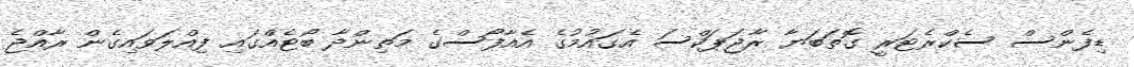
ޑިފެންސް ސެކްރެޓަރީ ގޮތަބަޔާ ރާޖަޕަކްސަ އެގައުމުގެ އެއާފޯސްގެ މަތިންދާ ބޯޓެއްގައި ފިއްލަވައިގެން ރާއްޖެ